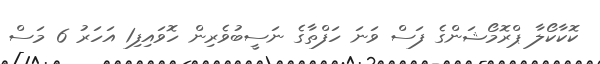
ކޮކާކޯލާ ޕްރޮމޯޝަންގެ ފަސް ވަނަ ހަފްތާގެ ނަސީބުވެރިން ހޮވައިފި1 އަހަރު 6 މަސް